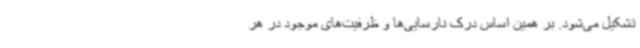
تشکیل می‌شود. بر همین اساس درک نارسایی‌ها و ظرفیت‌های موجود در هر